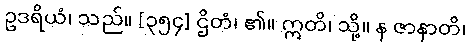
ဥဒရိယံ၊ သည်။ [၃၅၄] ဌိတံ၊ ၏။ ဣတိ၊ သို့။ န ဇာနာတိ၊